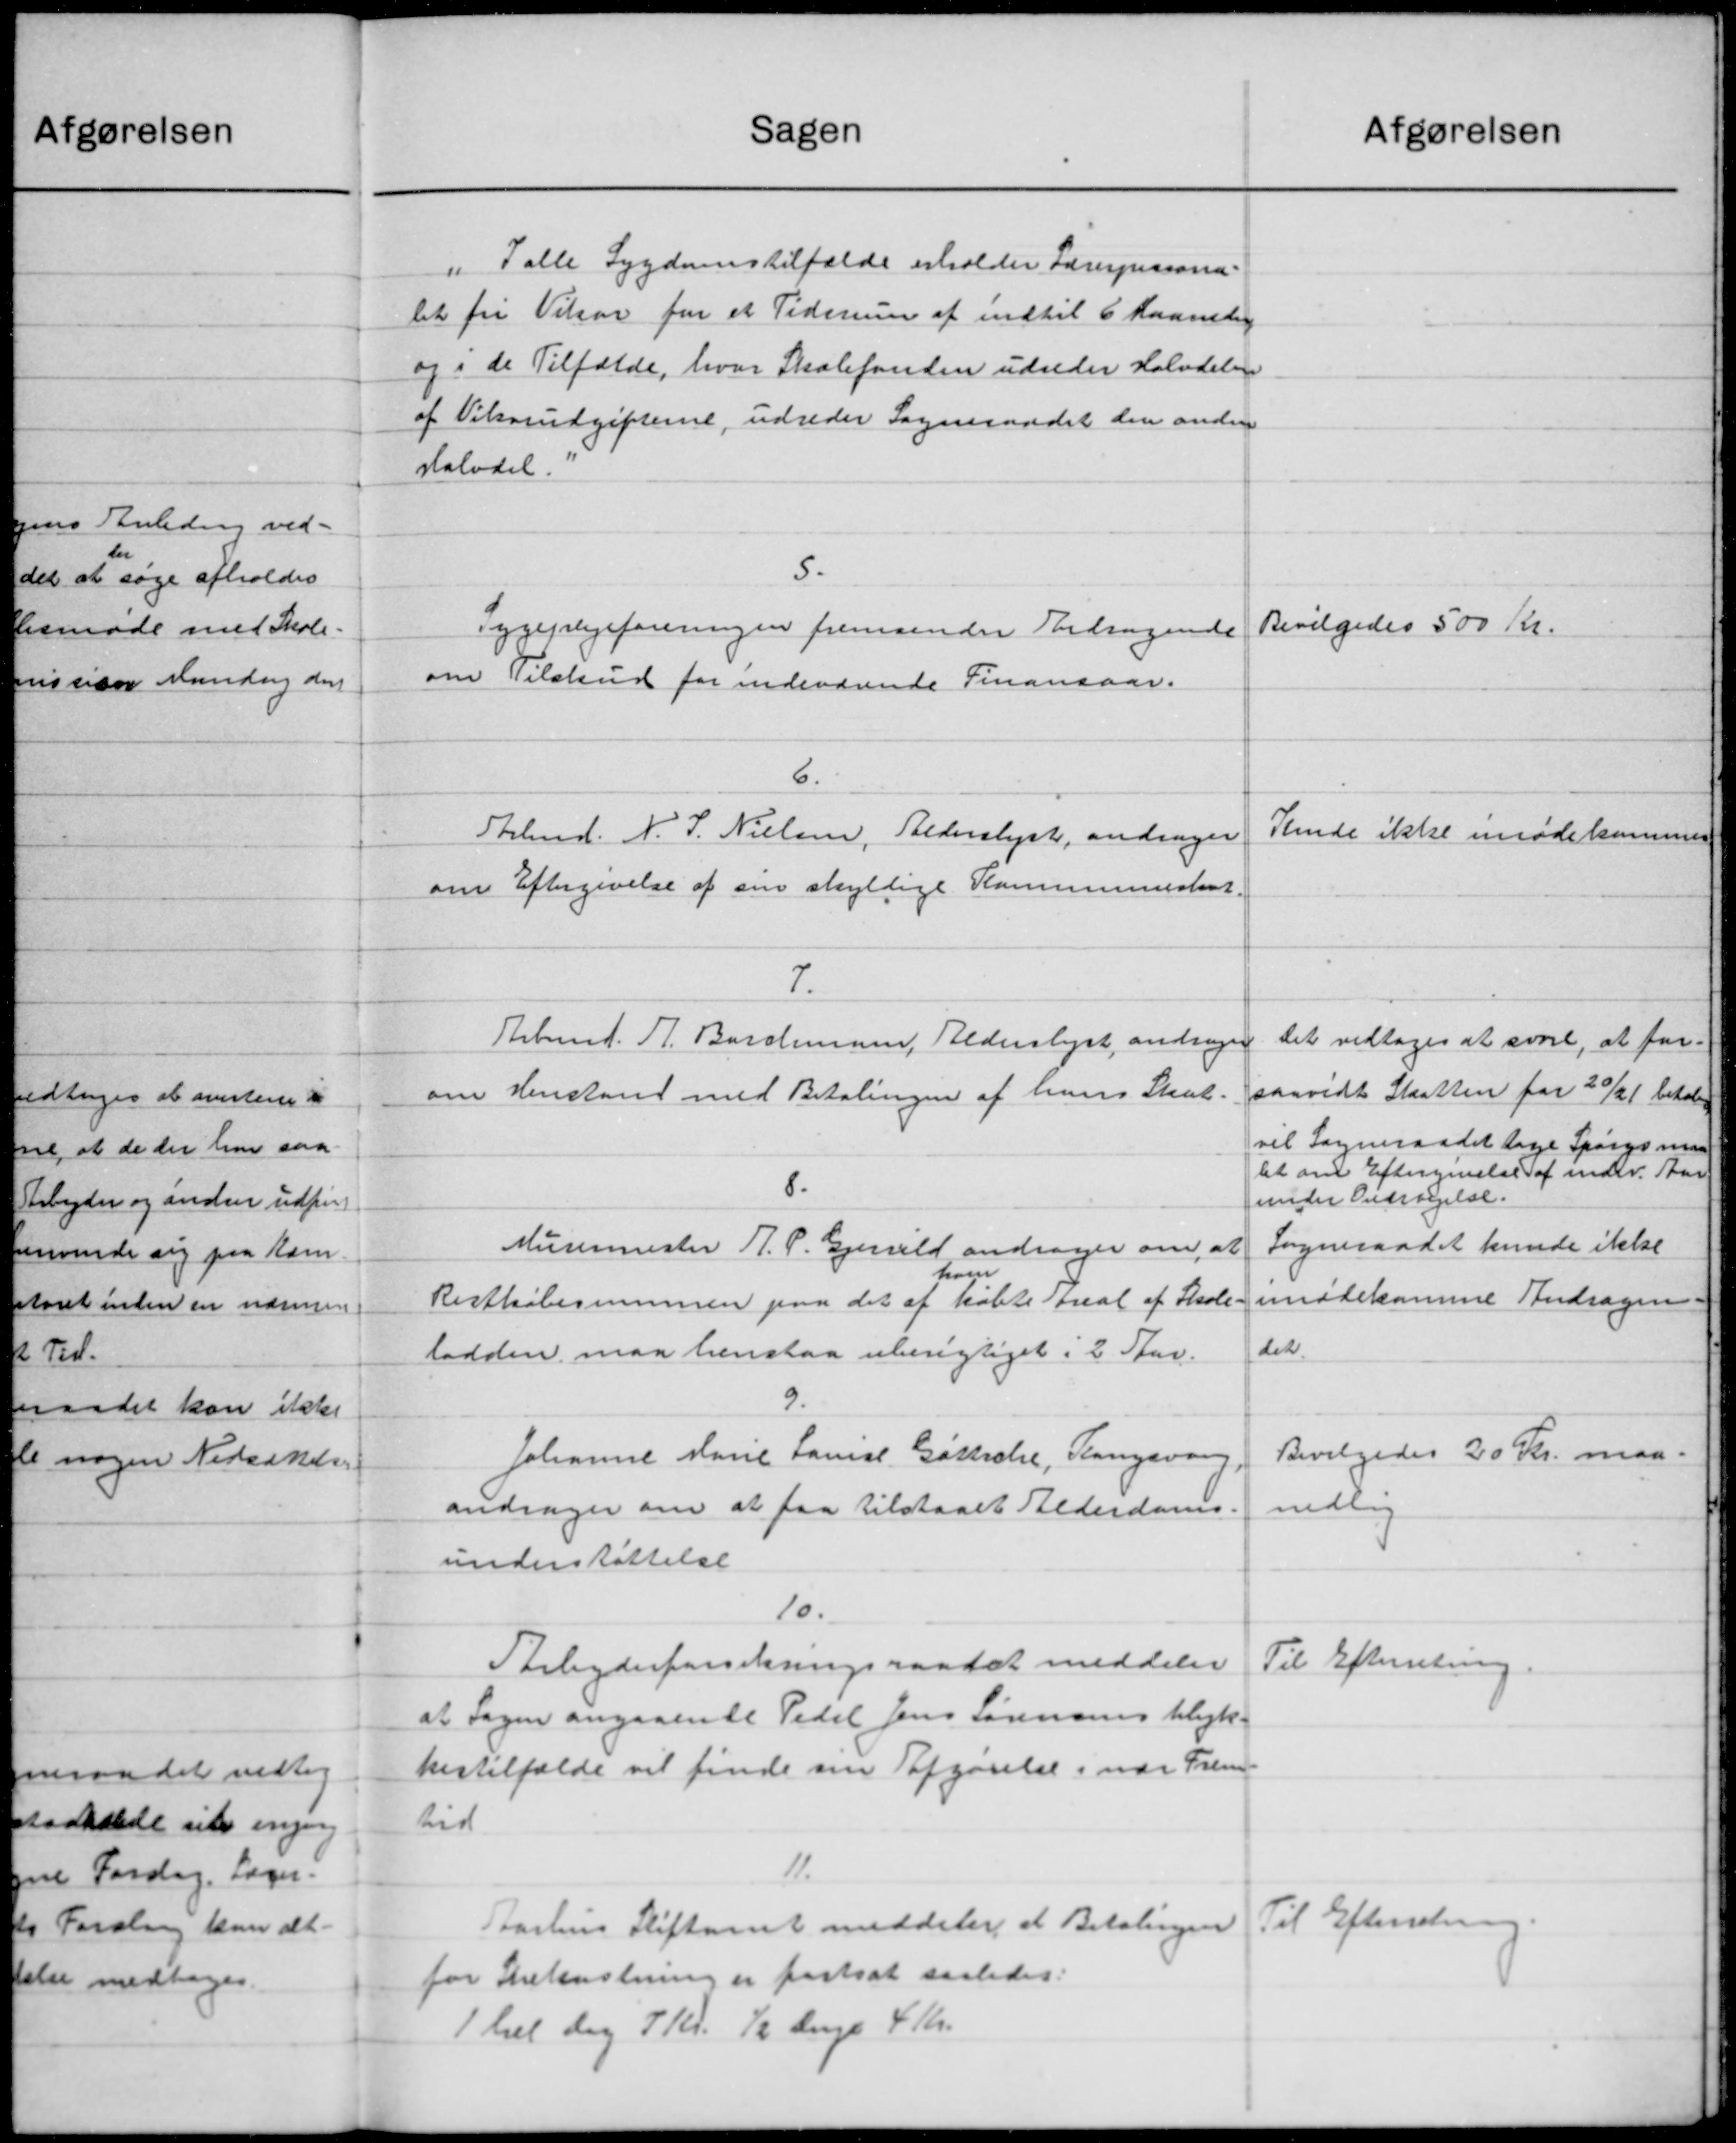
Transskription:
Sagen
" Talle Sygdomstilfælde erholder Lærerpersona-
let fri Vilsor for et Tidsrum af indtil 6 Maanede
og i de Tilfælde, hvor Skolefonden udreder Halvdelen
af Vikarudgifterne, udreder Sogneraadet den anden
Halvdel.
5.
Sygeplejeforeningen fremsender Andragende
om Tilskud for indeværende Finansaar.
6.
Arbmd. N. S. Nielsen, Bederslyste, andrager
om Eftergivelse af sin skyldige Kommuneskat
7.
Arbmd. A. Barchmann, Bederslyst, andrager
om Henstand med Betalingen af hans Skat.
8.
Murermester A. P. Gjerald andrager om, at
ham
Restkøbesummen paa det af købte Areal af Skole.
lodden maa henstaa uberigtiget i 2 Stav.
9.
Johanne Marie Louise Gottsche, Fangsvan
andrager om at faa tilstaaet Alderdoms-
understøttelse
10.
Arbejderforsikringsraadet meddeler
at Sagen angaaende Pedel Jens Sørensens Ulyk-
hertilfælde vil finde sin Afgørelse i var Frem-
tid
11.
Aarhus Stiftamt meddeler at Betalingen
for Snekastning er fastsat saaledes:
1 hel dog 7 Kr. ½ Dage 4 Kr.